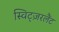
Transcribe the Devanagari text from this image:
स्विट्ज़रलैंट